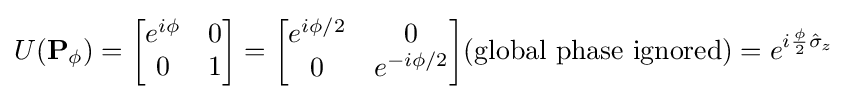
U(\mathbf {P} _{\phi })={\begin{bmatrix}e^{i\phi }&0\\0&1\end{bmatrix}}={\begin{bmatrix}e^{i\phi /2}&0\\0&e^{-i\phi /2}\end{bmatrix}}{\text{(global phase ignored)}}=e^{i{\frac {\phi }{2}}{\hat {\sigma }}_{z}}